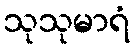
သုသုမာရံ